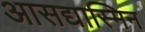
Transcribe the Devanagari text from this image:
आसद्यास्मिन